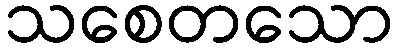
သစေတသော